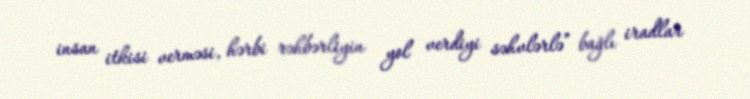
insan itkisi verməsi, hərbi rəhbərliyin yol verdiyi səhvlərlə” bağlı iradlar